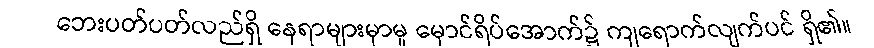
ဘေးပတ်ပတ်လည်ရှိ နေရာများမှာမူ မှောင်ရိပ်အောက်၌ ကျရောက်လျက်ပင် ရှိ၏။